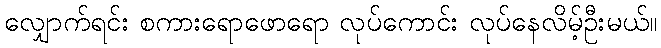
လျှောက်ရင်း စကားရောဖောရော လုပ်ကောင်း လုပ်နေလိမ့်ဦးမယ်။